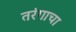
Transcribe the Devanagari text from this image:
तरंगाचा